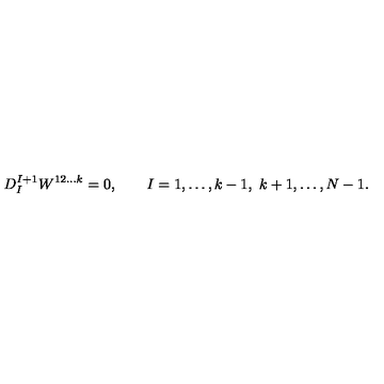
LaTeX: D _ { I } ^ { I + 1 } W ^ { 1 2 \ldots k } = 0 , \qquad I = 1 , \ldots , k - 1 , \ k + 1 , \ldots , N - 1 .